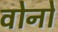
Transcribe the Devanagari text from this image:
वोनो